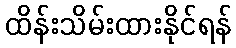
ထိန်းသိမ်းထားနိုင်ရန်